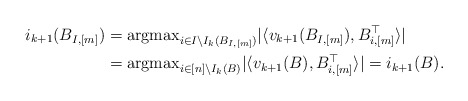
\begin{align*}i_{k+1}(B_{I,[m]}) &= {\rm argmax}_{i \in I\backslash I_k(B_{I,[m]})}|\langle v_{k+1}(B_{I,[m]}) , B_{i,[m]}^\top\rangle|\\&={\rm argmax}_{i \in [n]\backslash I_k(B)}|\langle v_{k+1}(B) , B_{i,[m]}^\top\rangle|=i_{k+1}(B).\end{align*}